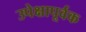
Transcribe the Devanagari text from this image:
उपेक्षापूर्वक